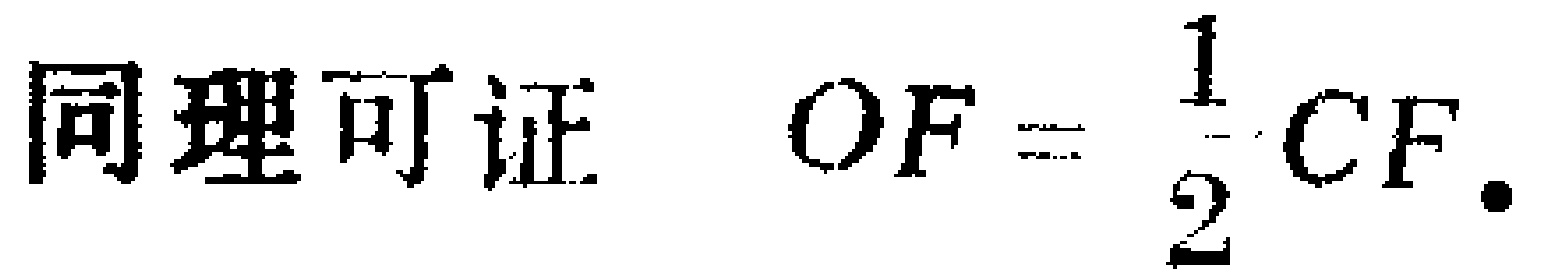
同理可证 $OF = \dfrac{1}{2}CF.$